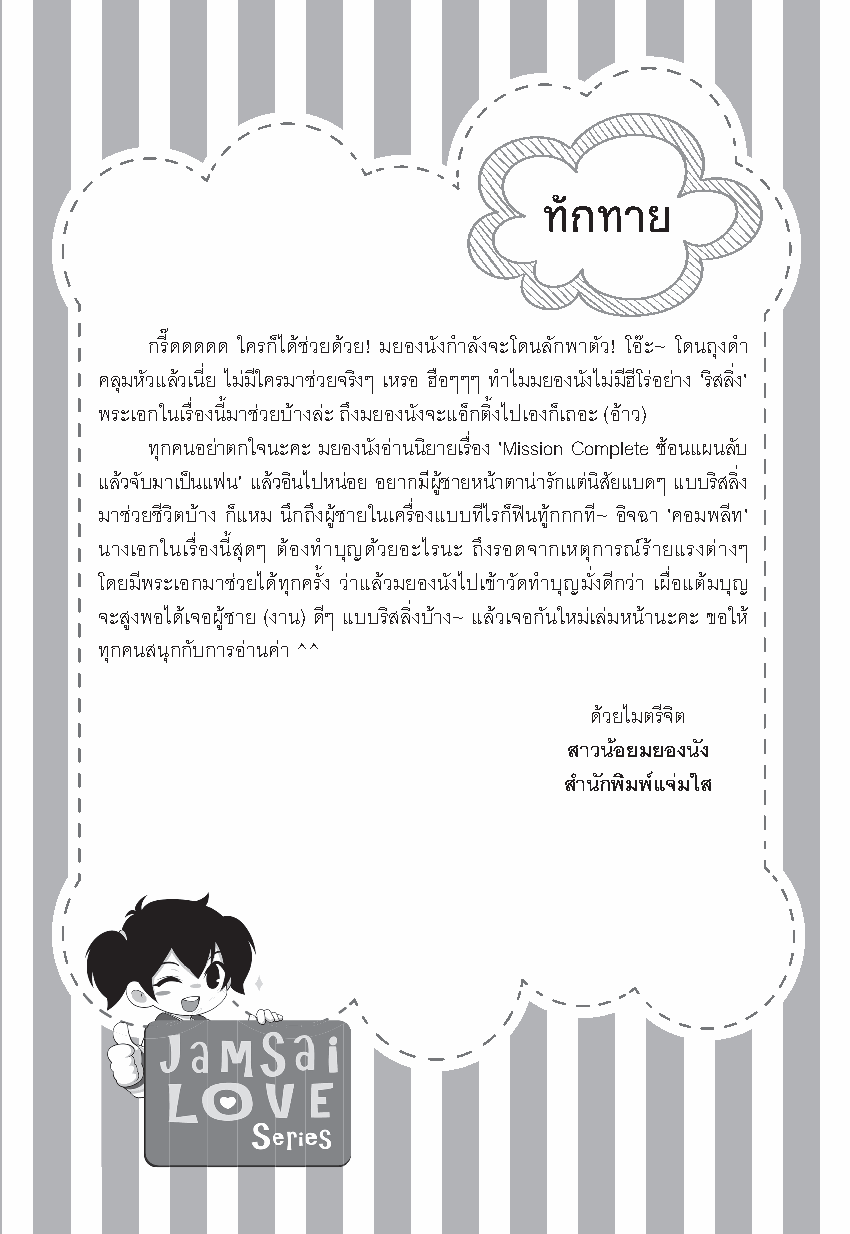
กรี๊ดดดดด ใครก็ได้ช่วยด้วย! มยองนังกําลังจะโดนลักพาตัว! โอะ~ โดนถุงดํา
 คลมุ หวั แลว้ เนยี่ ไมม่ ใี ครมาชว่ ยจรงิ ๆ เหรอ ฮอื ๆๆๆ ทาํ ไมมยองนงั ไมม่ ฮี โี รอ่ ยา่ ง 'รสิ ลงิ่ '
 พระเอกในเรื่องนี้มาช่วยบ้างล่ะ ถึงมยองนังจะแอ็กติ้งไปเองก็เถอะ (อ้าว)
 ทกุ คนอยา่ ตกใจนะคะ มยองนงั อา่ นนยิ ายเรอื่ ง 'Mission Complete ซอ้ นแผนลบั
 แลว้ จบั มาเปน แฟน' แลว้ อนิ ไปหนอ่ ย อยากมผี ชู้ ายหนา้ ตานา่ รกั แตน่ สิ ยั แบดๆ แบบรสิ ลงิ่
 มาช่วยชีวิตบ้าง ก็แหม นึกถึงผู้ชายในเครื่องแบบทีไรก็ฟนทู้กกกที~ อิจฉา 'คอมพลีท'
 นางเอกในเรื่องนี้สุดๆ ต้องทําบุญด้วยอะไรนะ ถึงรอดจากเหตุการณร้ายแรงต่างๆ
 โดยมีพระเอกมาช่วยได้ทุกครั้ง ว่าแล้วมยองนังไปเข้าวัดทําบุญมั่งดีกว่า เผื่อแต้มบุญ
 จะสูงพอได้เจอผู้ชาย (งาน) ดีๆ แบบริสลิ่งบ้าง~ แล้วเจอกันใหม่เล่มหน้านะคะ ขอให้
 ทุกคนสนุกกับการอ่านค่า ^^
 ด้วยไมตรีจิต
 สาวนอยมยองนัง
 สํานักพิมพแจมใส
 Pre Mission Complete.indd 3                     5/3/2563 BE 14:50